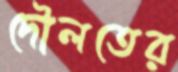
দৌলতের